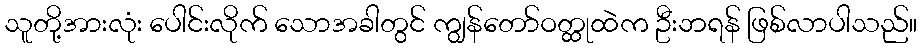
သူတို့အားလုံး ပေါင်းလိုက် သောအခါတွင် ကျွန်တော်ဝတ္ထုထဲက ဦးဘရန် ဖြစ်လာပါသည်။